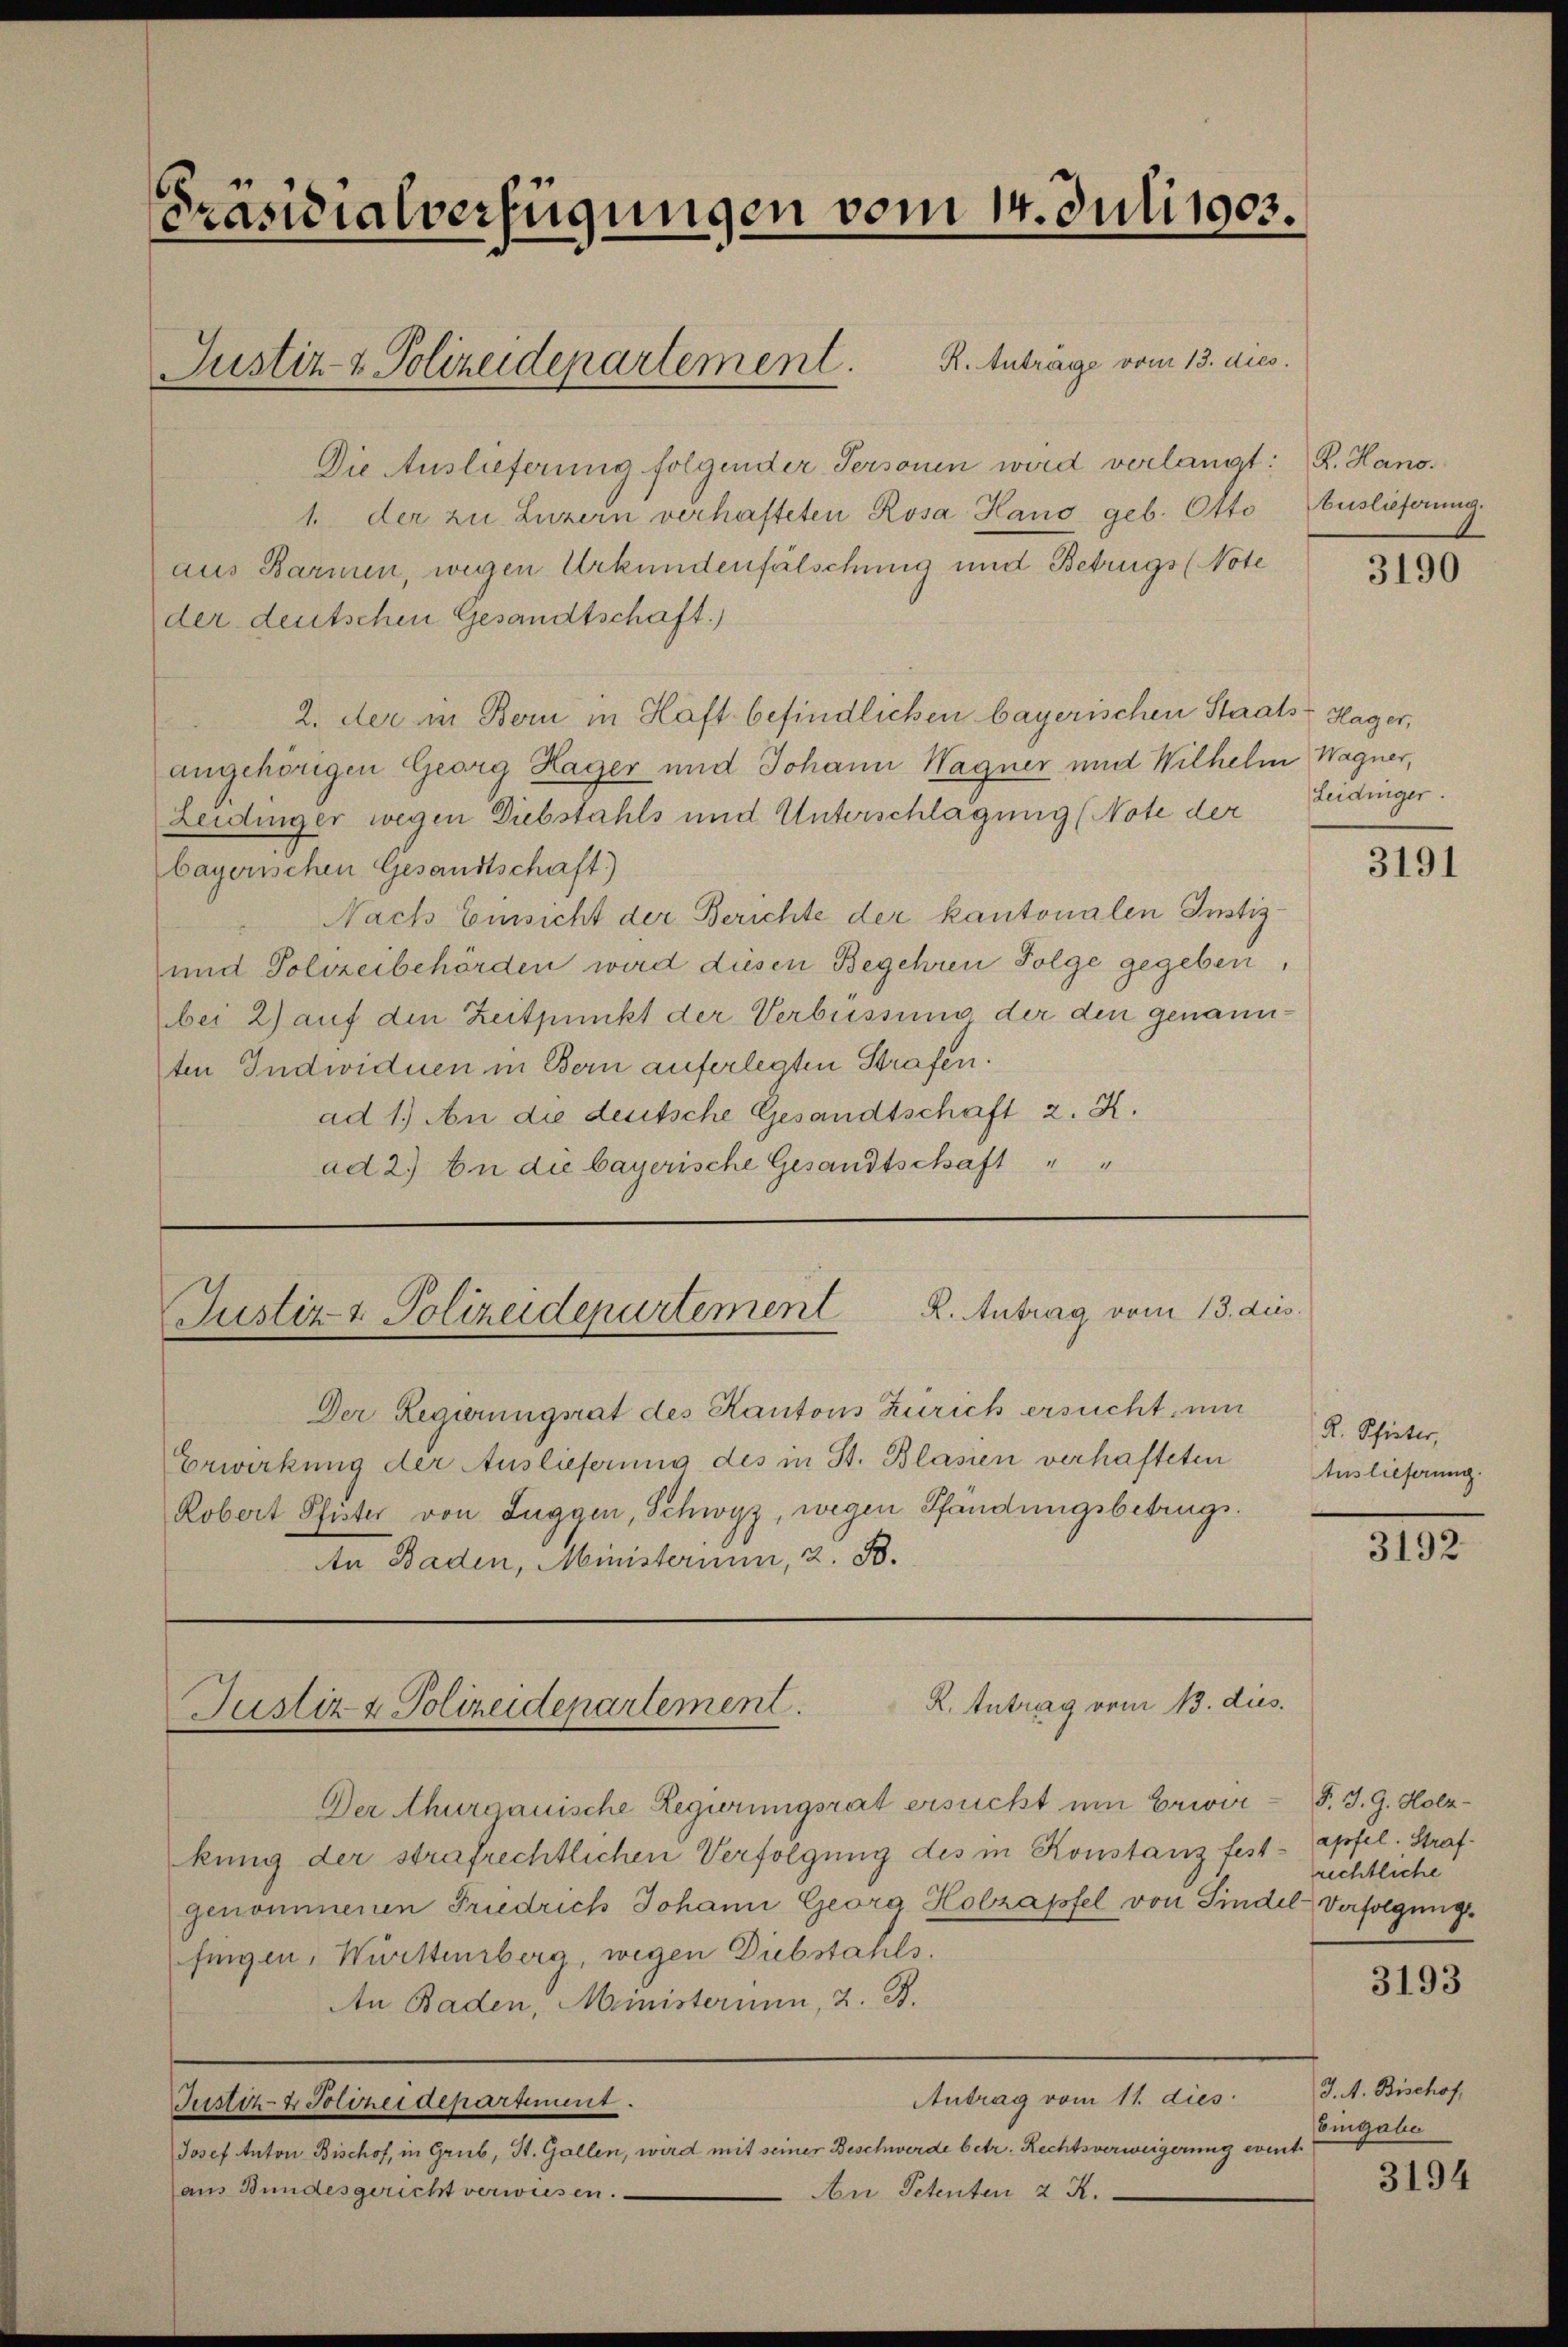
Präsidialverfügungen vom 14. Juli 1903.

Die Auslieferung folgender Personen wird verlangt:
1. der zu Luzern verhafteten Rosa Hano geb. Otto Auslieferung.
aus Barmen, wegen Urkundenfälschung und Betrugs (Note
der deutschen Gesandtschaft.)
2. der in Bern in Haft befindlichen bayerischen Staats- Hager,
angehörigen Georg Hager und Johann Wagner und Wilhelm Wagner,
Zeidinger wegen Diebstahls und Unterschlagung (Note der Zeidinger.
bayerischen Gesandtschaft)
Nach Einsicht der Berichte der kantonalen Instiz-
und Polizeibehörden wird diesen Begehren Folge gegeben,
bei 2) auf den Zeitpunkt der Verbüssung der den genannten Individuen in Bern auferlegten Strafen.
ad 1.) An die deutsche Gesandtschaft 2. K.
ad 2.) An die bayerische Gesandtschaft

Justiz- & Polizeidepartement. R. Anträge vom 13. dies

Der Regierungsrat des Kantons Zürich ersucht, um
Erwirkung der Auslieferung des in St. Blasien verhafteten
Robert Pfister von Luggen, Schwyz, wegen Pfändungsbetrugs¬
An Baden, Ministerium, 2. B.

R. Antrag vom 13. dies
Justiz- & Polizeidepartement

Der Thurgauische Regierungsrat ersucht um Erwerkung der strafrechtlichen Verfolgung des in Konstanz fest-Apfel. Strafgenommenen Friedrich Johann Georg Holzapfel, von Findel-Verfolgung.
fingen, Württemberg, wegen Diebstahls.
An Baden, Ministerium, 2. B.
Antrag vom 11. dies
Justiz- & Polizeidepartiment.
Josef Anton Bischof, in Grub, St. Gallen, wird mit seiner Beschwerde betr. Rechtsverweigerung event.
aus Bundesgericht verwiesen.
An Petenten 2 R.

R. Antrag vom 13. dies
Justiz- & Polizeidepartement.

R. Hano.

3190

3191

R. Pfister,
Auslieferung.

3192

F. J. G. Holz-
rechtliche

3193

J. A. Bischof
Eingabe

3194